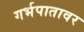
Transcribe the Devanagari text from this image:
गर्भपातावर